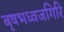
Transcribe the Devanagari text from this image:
बृषभध्वजगिरि